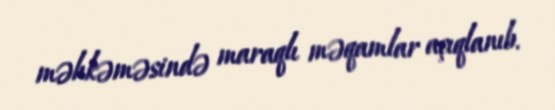
məhkəməsində maraqlı məqamlar açıqlanıb.